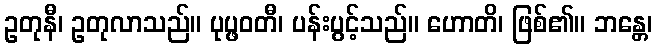
ဥတုနီ၊ ဥတုလာသည်။ ပုပ္ဖဝတီ၊ ပန်းပွင့်သည်။ ဟောတိ၊ ဖြစ်၏။ ဘန္တေ၊